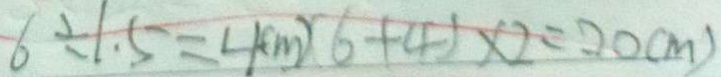
6 \div 1 . 5 = 4 ( m ) ( 6 + 4 ) \times 2 = 2 0 ( m )